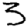
Digit: 3